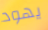
يهود